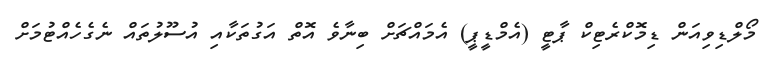
މޯލްޑިވިއަން ޑިމޮކްރެޓިކް ޕާޓީ (އެމްޑީޕީ) އެމައްޗަށް ބިނާވެ އޮތް އަގުތަކާއި އުސޫލުތައް ނެގެހެއްޓުމަށް